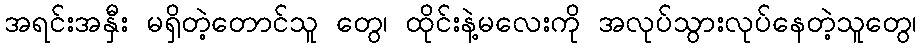
အရင်းအနှီး မရှိတဲ့တောင်သူ တွေ၊ ထိုင်းနဲ့မလေးကို အလုပ်သွားလုပ်နေတဲ့သူတွေ၊